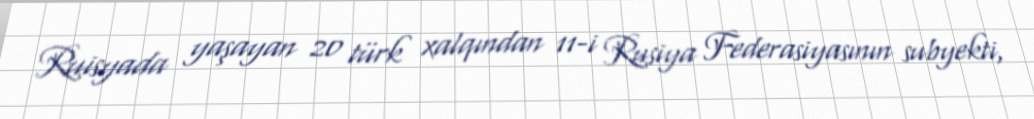
Ruisyada yaşayan 20 türk xalqından 11-i Rusiya Federasiyasının subyekti,